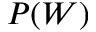
P ( W )